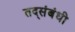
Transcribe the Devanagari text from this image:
तद्संबंधी